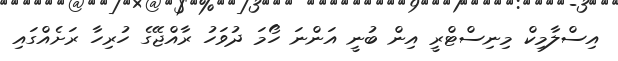
އިސްލާމިކް މިނިސްޓްރީ އިން ބުނީ އަންނަ ހޯމަ ދުވަހު ރާއްޖޭގެ ހުރިހާ ރަށެއްގައި